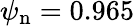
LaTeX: {\psi_{\mathrm{n}}=0.965}